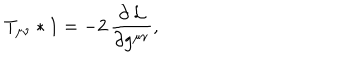
LaTeX: T _ { \mu \nu } * 1 = - 2 \, \frac { \partial \, { \cal L } } { \partial g ^ { \mu \nu } } ,